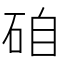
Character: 𥒕